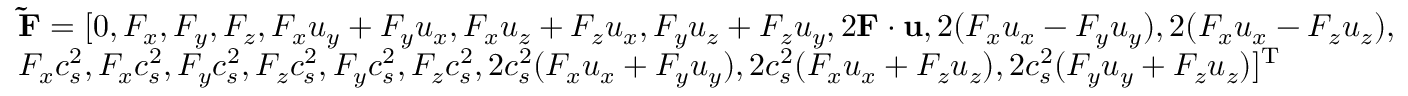
\begin{array} { l } { { \bf { \tilde { F } } } = [ 0 , { F _ { x } } , { F _ { y } } , { F _ { z } } , \mathrm { } { F _ { x } } { u _ { y } } + { F _ { y } } { u _ { x } } , { F _ { x } } { u _ { z } } + { F _ { z } } { u _ { x } } , { F _ { y } } { u _ { z } } + { F _ { z } } { u _ { y } } , 2 { \bf { F } } \cdot { \bf { u } } , 2 ( { F _ { x } } { u _ { x } } - { F _ { y } } { u _ { y } } ) , 2 ( { F _ { x } } { u _ { x } } - { F _ { z } } { u _ { z } } ) , } \\ { { F _ { x } } c _ { s } ^ { 2 } , { F _ { x } } c _ { s } ^ { 2 } , { F _ { y } } c _ { s } ^ { 2 } , { F _ { z } } c _ { s } ^ { 2 } , { F _ { y } } c _ { s } ^ { 2 } , { F _ { z } } c _ { s } ^ { 2 } , 2 c _ { s } ^ { 2 } ( { F _ { x } } { u _ { x } } + { F _ { y } } { u _ { y } } ) , 2 c _ { s } ^ { 2 } ( { F _ { x } } { u _ { x } } + { F _ { z } } { u _ { z } } ) , 2 c _ { s } ^ { 2 } ( { F _ { y } } { u _ { y } } + { F _ { z } } { u _ { z } } ) { ] ^ { \mathrm { T } } } } \end{array}